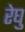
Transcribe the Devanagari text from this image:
रेघु